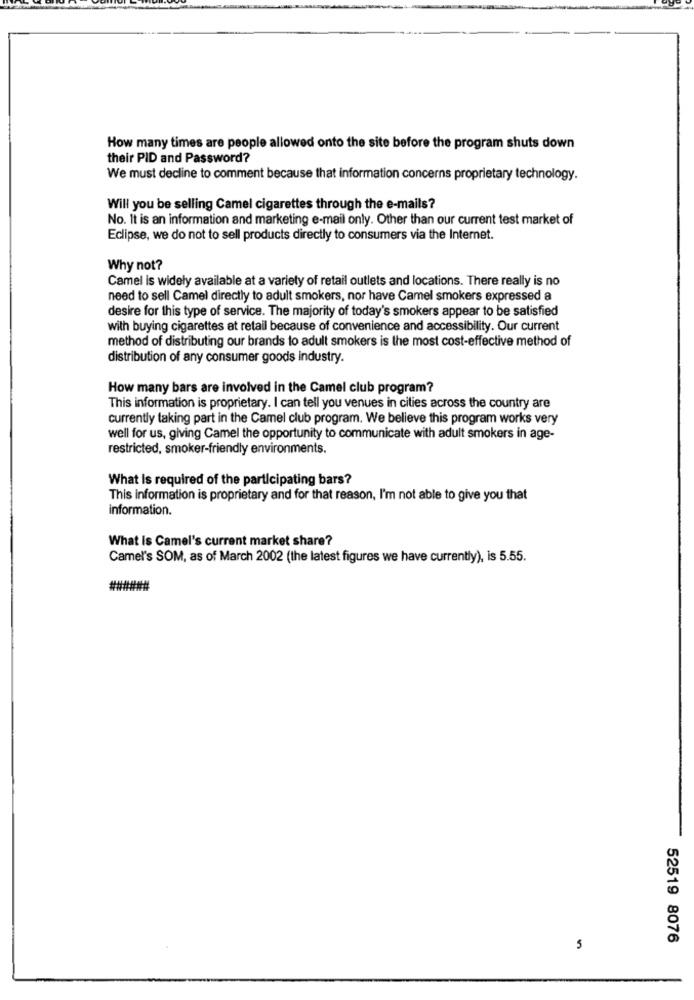
How many times are people allowed onto the site before the program shuts down
their PID and Password?
We must decline to comment because that information concerns proprietary technology.
Will you be selling Camel cigarettes through the e-mails?
No. It is an information and marketing e-mail only. Other than our current test market of
Eclipse, we do not to sell products directly to consumers via the Internet.
Why not?
Camel is widely available at a variety of retail outlets and locations. There really is no
need to sell Camel directly to adult smokers, nor have Camel smokers expressed a
desire for this type of service. The majority of today's smokers appear to be satisfied
with buying cigarettes at retail because of convenience and accessibility. Our current
method of distributing our brands to adult smokers is the most cost-effective method of
distribution of any consumer goods industry.
How many bars are involved in the Camel club program?
This information is proprietary. I can tell you venues in cities across the country are
currently taking part in the Camel club program. We believe this program works very
well for us, giving Camel the opportunity to communicate with adult smokers in age-
restricted, smoker-friendly environments.
What is required of the participating bars?
This information is proprietary and for that reason, I'm not able to give you that
information.
What Is Camel's current market share?
Camel's SOM, as of March 2002 (the latest figures we have currently), is 5.55.
52519 8076
5